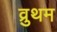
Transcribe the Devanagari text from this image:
व्रुथम